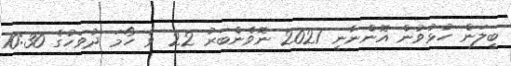
ބީލަން ހުޅުވުން އޮންނާނީ 2021 ނޮވެންބަރު 22 ވާ ހޯމަ ދުވަހުގެ 10:30